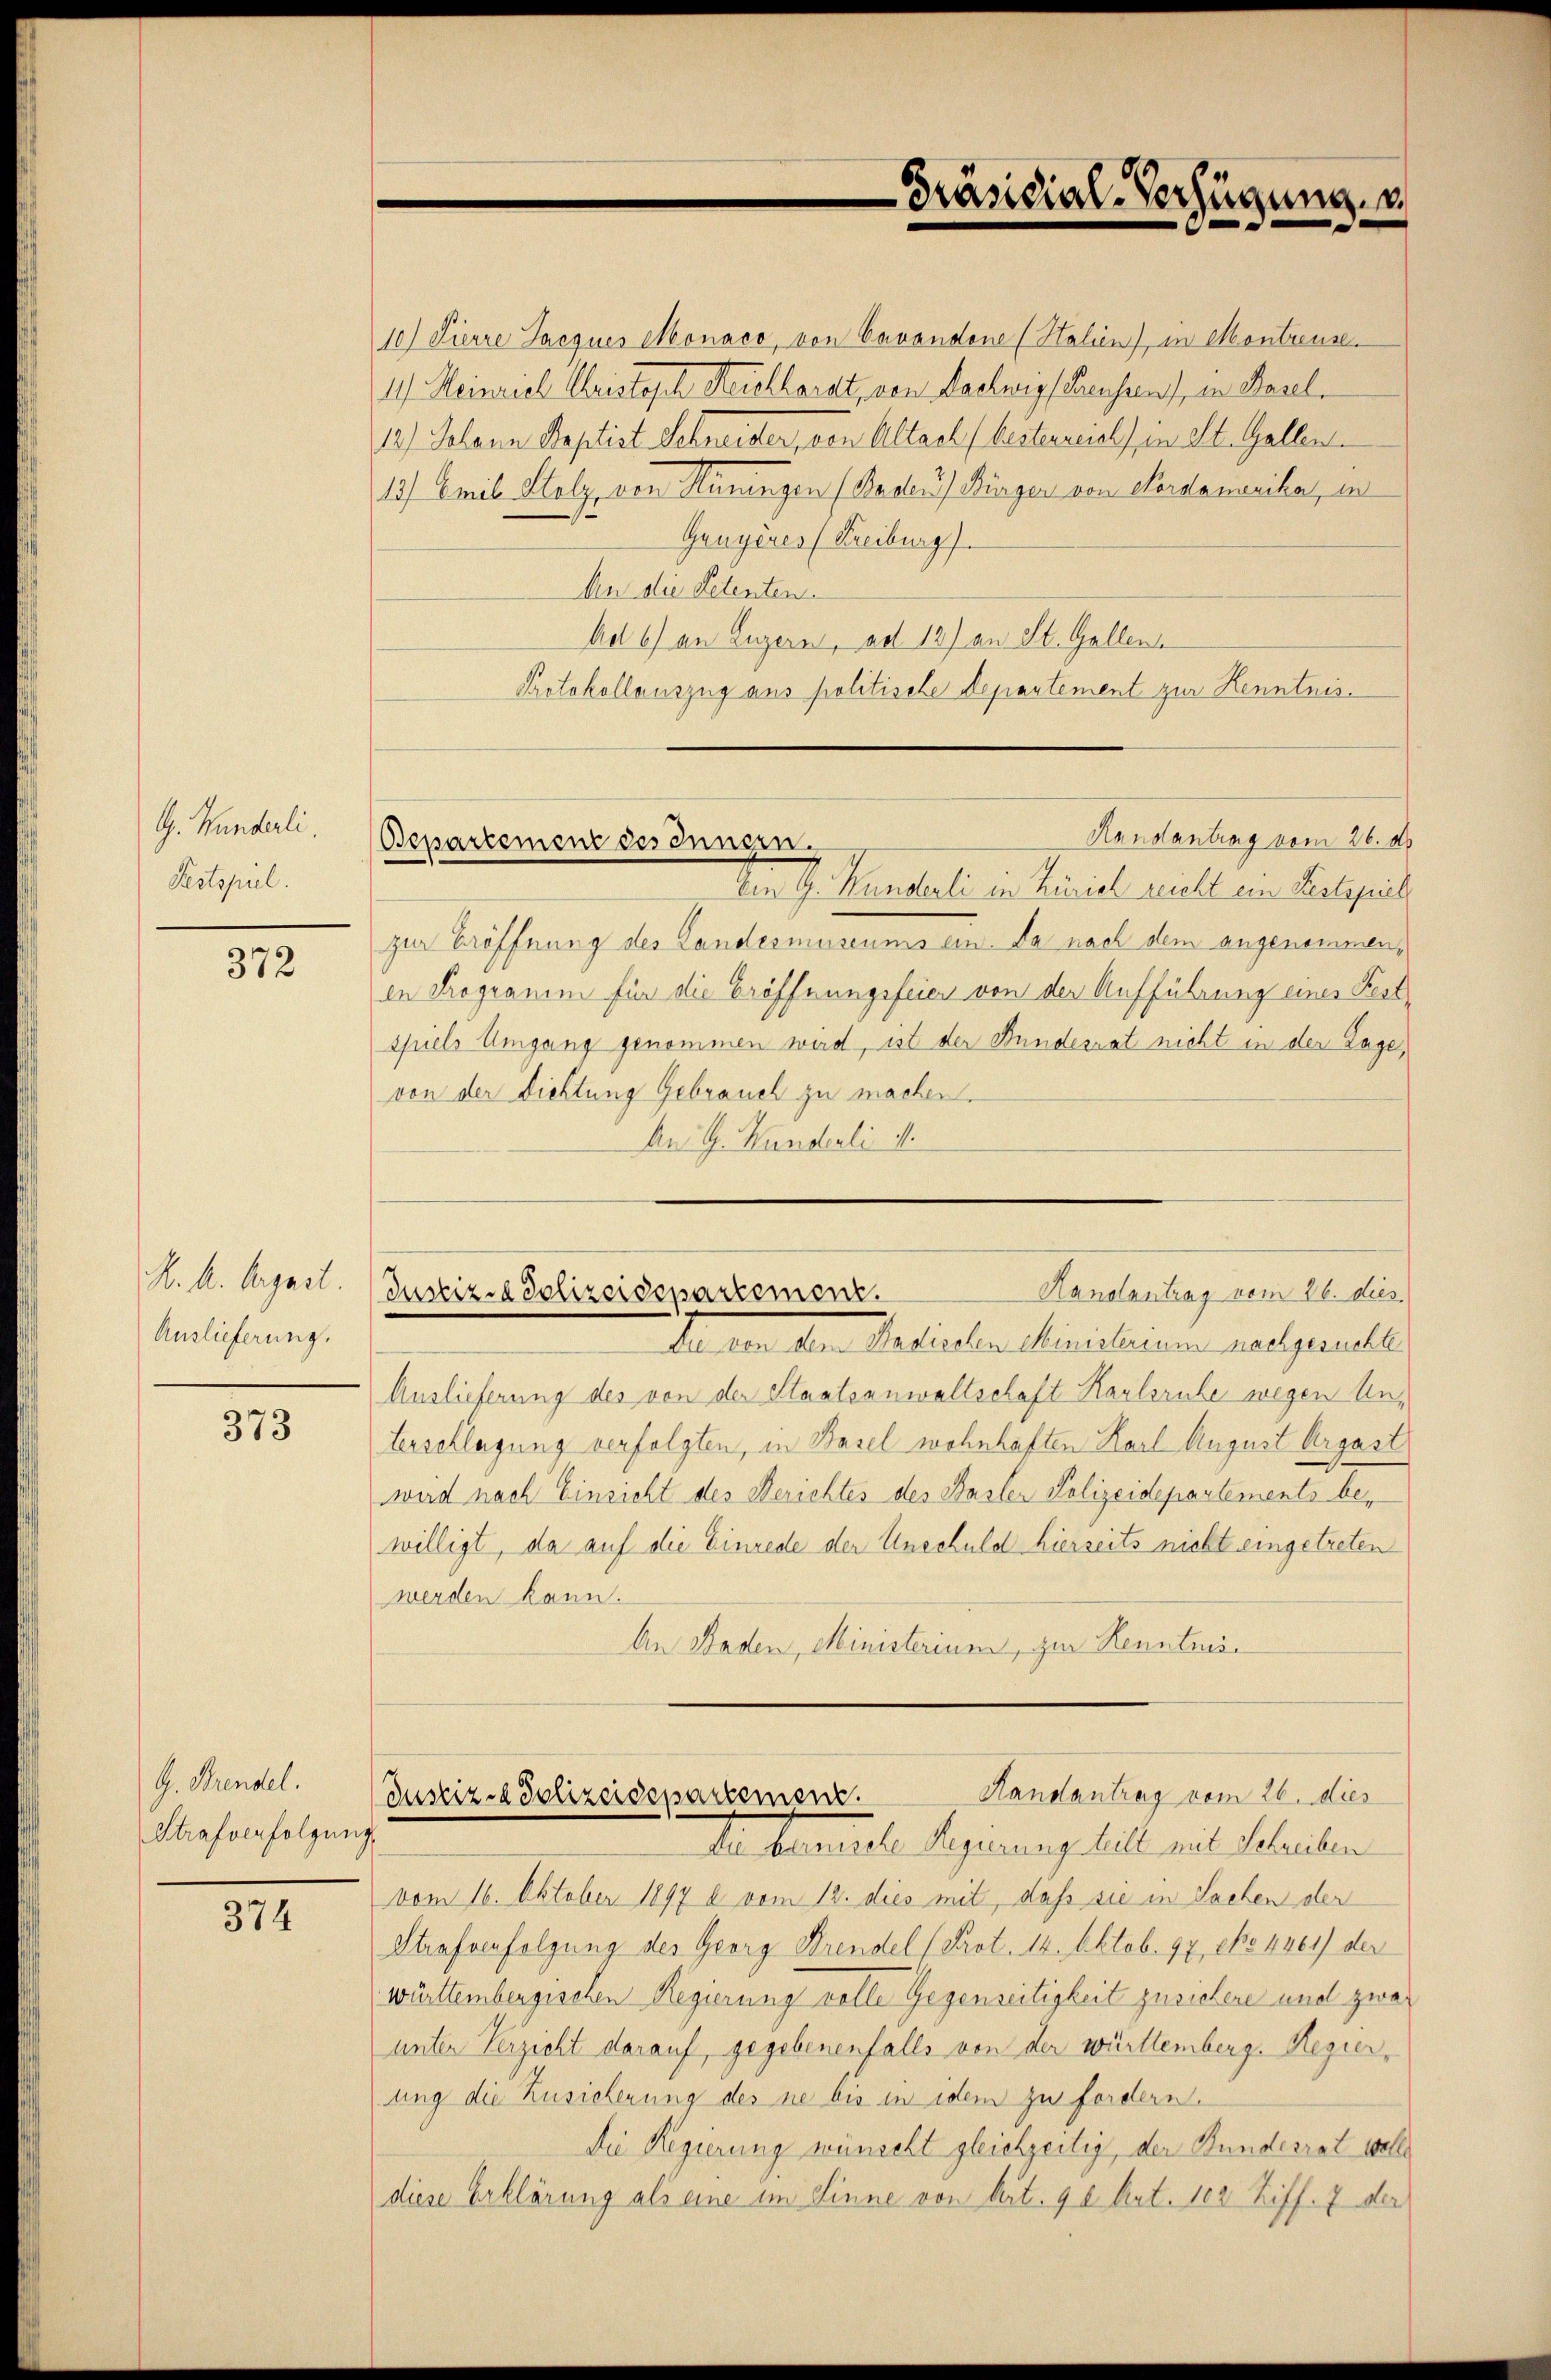
G. Handerli
Pestspiel.

372

K. A. August.
Auslieferung.

373

G. Brendel.
Strafverfolgung

374

10) Pierre Jacques Monaco, von Cavandone (Stalien), in Montreuse.
1. Heinrich Christoph Reishlarat, von Sachwisshausen, in Basel¬
12.) Johann Septist Schreiser, von Altack (besterrents in St. Gallen.
13) Emil Stolz, von Hüningen (Baden) Bürger von Nordamerika, in
Genyeres (Freiburg
An die Petenten.
Ad 6) an Luzern, ad 12) an St. Gallen
Protokollauszug aus politische Departement zur Kenntnis

Präsidial-Verfügung, u.

Randantrag vom 26. d.
Bepartement des Innern

Randantrag vom 26. dies
Justiz - Polizeidepartement.
Laterische Regierung hielt mit Schreiben

te G. Kunderli in Zürich nicht ein Vielgeich
zur Eröffnung des Landesmuseums ein. Da nach dem angenommen,
in Programm für die Eröffnungsfeier von der Aufführung eines Festspiels Umgang genommen wird, ist der Bundesrat nicht in der Lage,
von der Richtung Gebrauch zu machen.
An G. Handerli d.
Handantrag vom 26. dies
Justiz-Polizeidepartement.
Da aber den Ansierten Ministerium nachgenuelle
Auslieferung des von der Staatsanwaltschaft Karlsruhe wegen Unterschlagung verfolgten, in Basel wohnhaften Karl August Argast
wird nach Einsicht des Berichtes des Faster Polizeidepartements bewilligt, da auf die Einrede der Unschuld hierseits nicht eingetreten
werden kann.
An Baden, Ministerium, zur Kenntnis¬

vom 16. Oktober 1897 b. vom 12. dies mit, daß sie in Sachen der
Strafverfolgung des Georg Brendel (Prot. 14. Oktob. 97, epo 4461) der
württembergischen Regierung volle Gegenseitigkeit zusichere und zwar
unter Verzicht darauf, gegebenenfalls von der württemberg. Regierung die Zusicherung des ne bis in idem zu fordern.
Die Regierung wünscht gleichzeitig, der Bundesrat wolle
diese Erklärung als eine im Sinne von Art. 98 Art. 103 Ziff. 7 der